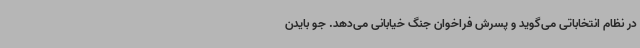
در نظام انتخاباتی می‌گوید و پسرش فراخوان جنگ خیابانی می‌دهد. جو بایدن